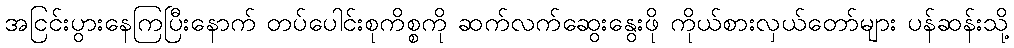
အငြင်းပွားနေကြပြီးနောက် တပ်ပေါင်းစုကိစ္စကို ဆက်လက်ဆွေးနွေးဖို ကိုယ်စားလှယ်တော်များ ပန်ဆန်းသို့